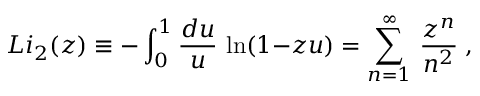
L i _ { 2 } ( z ) \equiv - \int _ { 0 } ^ { 1 } { \frac { d u } { u } } \, \ln ( 1 { - } z u ) = \sum _ { n = 1 } ^ { \infty } \, { \frac { z ^ { n } } { n ^ { 2 } } } \; ,